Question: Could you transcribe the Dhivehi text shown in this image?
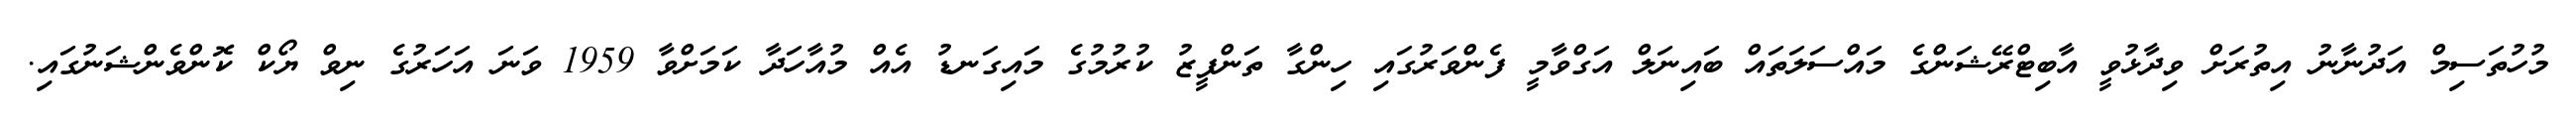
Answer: މުހުތަސިމް އަދުނާނު އިތުރަށް ވިދާޅުވީ އާބިޓްރޭޝަންގެ މައްސަލަތައް ބައިނަލް އަގްވާމީ ފެންވަރުގައި ހިންގާ ތަންފީޒު ކުރުމުގެ މައިގަނޑު އެއް މުއާހަދާ ކަމަށްވާ 1959 ވަނަ އަހަރުގެ ނިވް ޔޯކް ކޮންވެންޝަނުގައި.